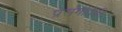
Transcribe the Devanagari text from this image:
प्रसंगांपैकी